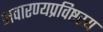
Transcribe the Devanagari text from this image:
भवारण्यप्रविष्टस्य